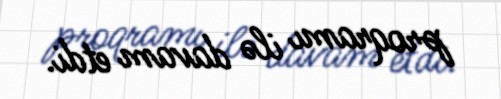
proqramı ilə davam etdi.